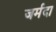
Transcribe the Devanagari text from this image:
जर्मदा